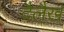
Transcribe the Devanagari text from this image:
दैलैख